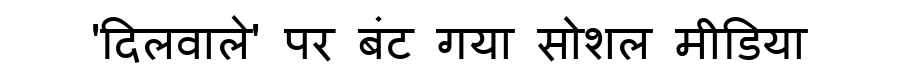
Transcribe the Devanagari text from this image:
'दिलवाले' पर बंट गया सोशल मीडिया